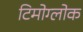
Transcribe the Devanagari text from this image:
टिमोग्लोक